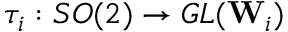
\tau _ { i } : S O ( 2 ) \rightarrow G L ( \mathbf { W } _ { i } )